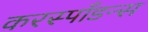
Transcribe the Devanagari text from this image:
करस्पाँडन्स